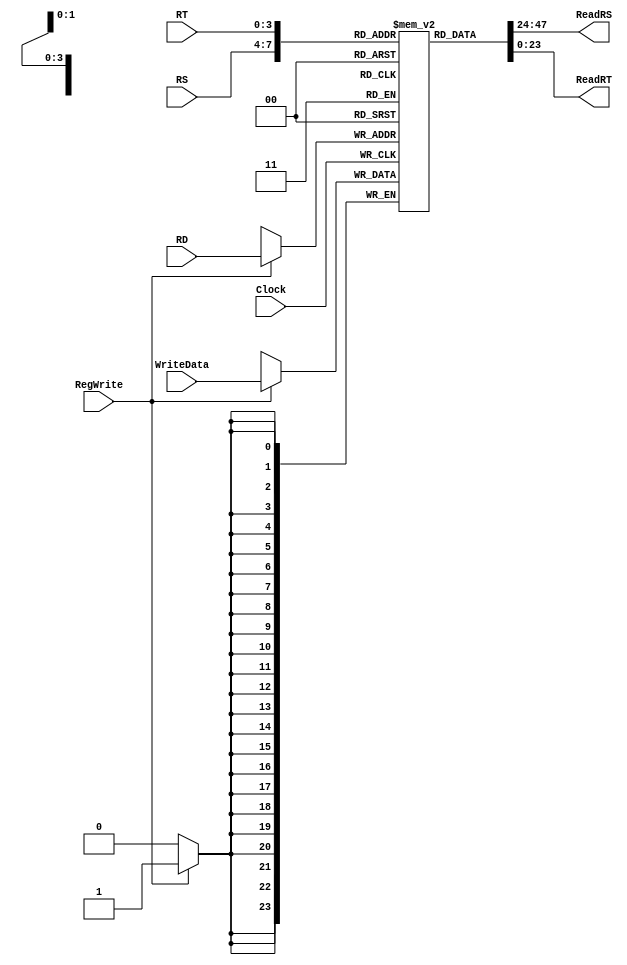
`timescale 1ns / 1ps
//////////////////////////////////////////////////////////////////////////////////
// Company: 
// Engineer: 
// 
// Design Name: 
// Module Name: registerFile
// Project Name: 
// Target Devices: 
// Tool Versions: 
// Description: 
// 
// Dependencies: 
// 
// Revision:
// Revision 0.01 - File Created
// Additional Comments:
// 
//////////////////////////////////////////////////////////////////////////////////



module registerFile(

input wire [3:0] RS,
input wire [3:0] RT,
input wire [3:0] RD,
input wire [23:0] WriteData,
input wire RegWrite,
input wire Clock,
output wire [23:0] ReadRS,
output wire [23:0] ReadRT
);

reg[23:0] Registers[15:0];


//Reseto te gjithe regjistrat ne 0
integer i;
initial 
begin
for(i=0;i<16;i=i+1)
   Registers[i] <= 24'd0; 
end

//write register
always @ (posedge Clock)
begin
if(RegWrite) Registers[RD] <= WriteData;
end


//read register data
assign ReadRS = Registers[RS];
assign ReadRT = Registers[RT];

endmodule